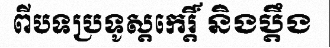
ពីបទប្រទូស្តកេរ្តិ៍ និងប្តឹង